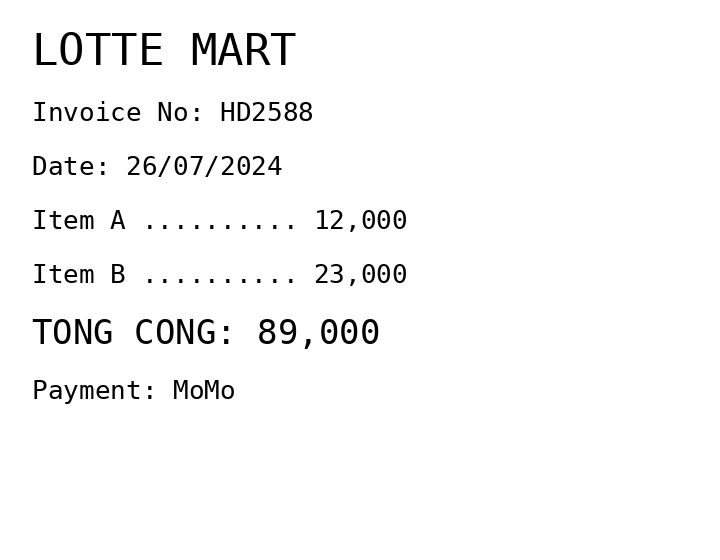
LOTTE MART
Invoice No: HD2588
Date: 26/07/2024
Item A .......... 12,000
Item B .......... 23,000
TONG CONG: 89,000
Payment: MoMo
Merchant: lotte mart
Date: 2024-07-26
Total: 89000
Invoice No: HD2588
Payment method: MOMO